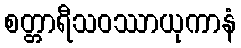
စတ္တာရီသဝဿာယုကာနံ